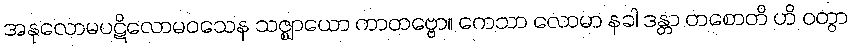
အနုလောမပဋိလောမဝသေန သဇ္ဈာယော ကာတဗ္ဗော။ ကေသာ လောမာ နခါ ဒန္တာ တစောတိ ဟိ ဝတွာ